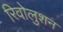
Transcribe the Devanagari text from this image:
रिवोलुशन